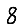
Digit: 8